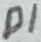
Text: D1